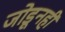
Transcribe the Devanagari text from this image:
जोडूनही